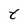
Character: t